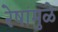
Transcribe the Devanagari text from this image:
रेषांमुळे